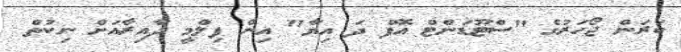
ކަރަން ޖޯހަރުގެ "ސްޓޫޑަންޓް އޮފް ދަ އިޔާ" އިން ފިލްމީ ދާއިރާއަށް ނިކުތް